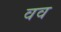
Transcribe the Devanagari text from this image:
वव